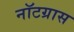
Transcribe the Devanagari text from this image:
नॉटग्रास